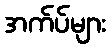
အက်ပ်များ